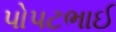
પોપટભાઈ